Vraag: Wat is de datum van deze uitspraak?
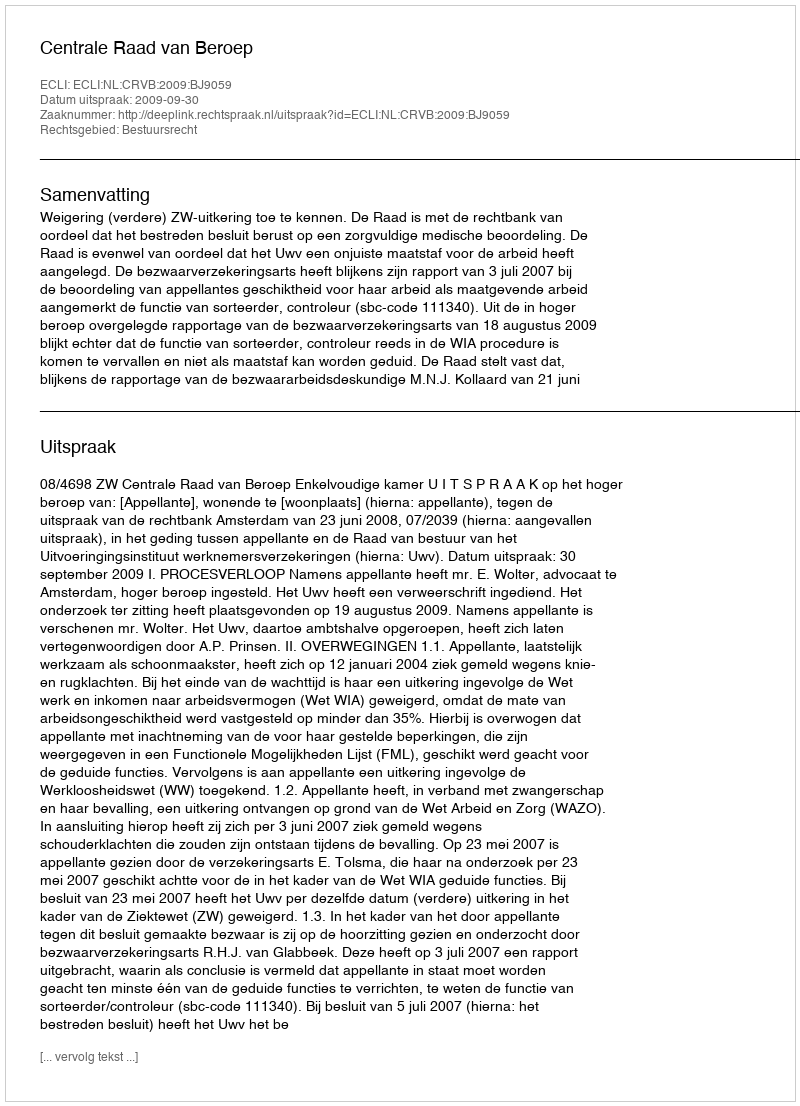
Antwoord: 2009-09-30